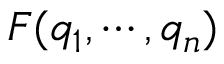
F ( q _ { 1 } , \cdots , q _ { n } )